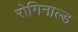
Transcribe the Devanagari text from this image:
रोगिनाल्ड